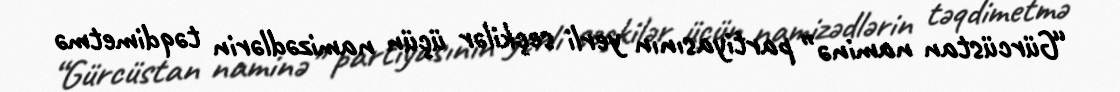
“Gürcüstan naminə” partiyasının yerli seçkilər üçün namizədlərin təqdimetmə